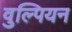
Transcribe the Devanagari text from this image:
वुल्पियन